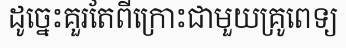
ដូច្នេះគួរតែពីក្រោះជាមួយគ្រូពេទ្យ